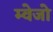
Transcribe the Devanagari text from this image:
म्वेजो